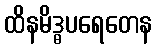
ထိနမိဒ္ဓပရေတေန